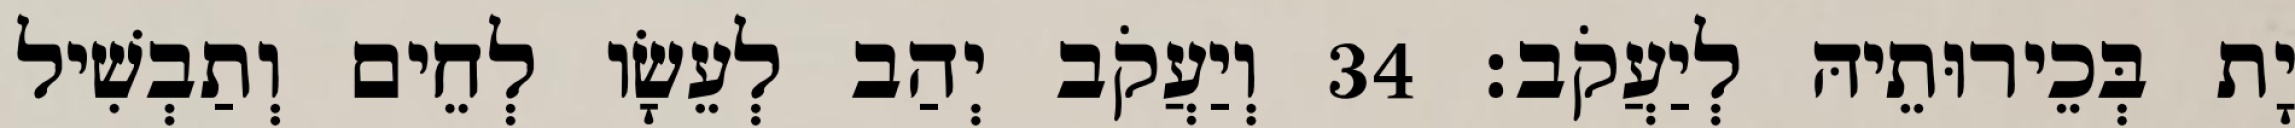
יָת בְּכֵירוּתֵיהּ לְיַעֲקֹב׃ 34 וְיַעֲקֹב יְהַב לְעֵשָׂו לְחֵים וְתַבְשִׁיל